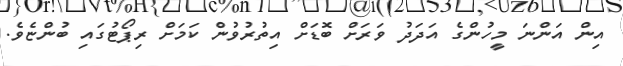
އިން އަންނަ މީހުންގެ އަދަދު ވަރަށް ބޮޑަށް އިތުރުވުން ކަމަށް ރިޕޯޓުގައި ބުންޏެވެ.